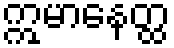
ဣမာနေတ္ထ